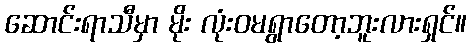
ဆောင်းရာသီမှာ မိုး လုံးဝမရွာတော့ဘူးလားရှင်။